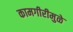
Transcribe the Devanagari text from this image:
कामगीरीमुळे